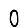
Digit: 0